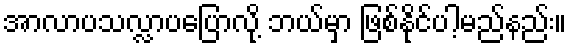
အာလာပသလ္လာပပြောလို့ ဘယ်မှာ ဖြစ်နိုင်ပါ့မည်နည်း။